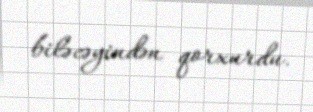
biləcəyindən qorxurdu.